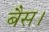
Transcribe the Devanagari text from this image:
बैस।